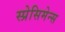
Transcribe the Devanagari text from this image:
स्प्रेसिमेन्स